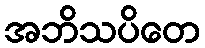
အဘိသပိတေ